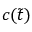
c ( \tilde { t } )